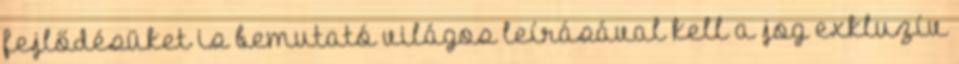
fejlődésüket is bemutató világos leírásával kell a jog exkluzív